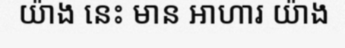
យ៉ាង នេះ មាន អាហារ យ៉ាង